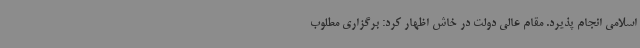
اسلامی انجام پذیرد. مقام عالی دولت در خاش اظهار کرد: برگزاری مطلوب